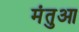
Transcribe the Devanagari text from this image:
मंतुआ